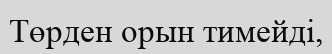
Төрден орын тимейді,